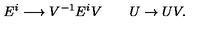
E ^ { i } \longrightarrow V ^ { - 1 } E ^ { i } V \qquad U \to U V .